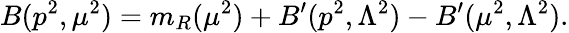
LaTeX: B(p^{2},\mu^{2})=m_{R}(\mu^{2})+B^{\prime}(p^{2},\Lambda^{2})-B^{\prime}(\mu^{2},\Lambda^{2}).